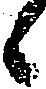
候